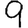
Digit: 9